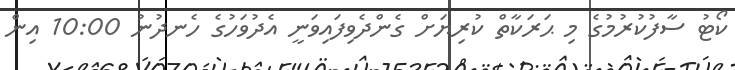
ކޯޓު ސާފުކުރުމުގެ މި ޙަރަކާތް ކުރިޔަށް ގެންދެވިފައިވަނީ އެދުވަހުގެ ހެނދުނު 10:00 އިން